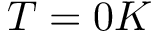
T = 0 K